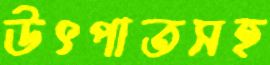
উৎপাতসহ